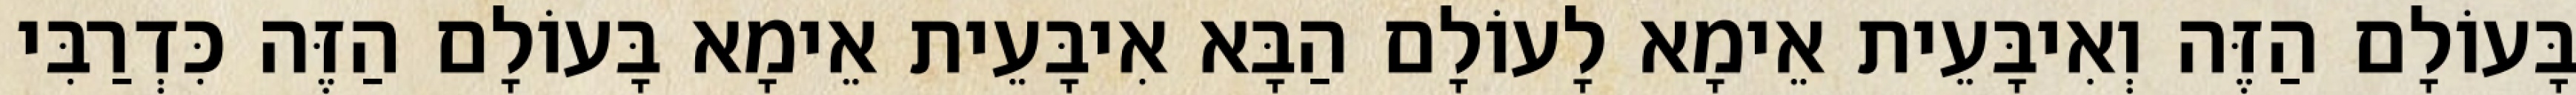
בָּעוֹלָם הַזֶּה וְאִיבָּעֵית אֵימָא לָעוֹלָם הַבָּא אִיבָּעֵית אֵימָא בָּעוֹלָם הַזֶּה כִּדְרַבִּי